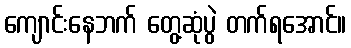
ကျောင်းနေဘက် တွေ့ဆုံပွဲ တက်ရအောင်။